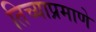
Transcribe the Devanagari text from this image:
तिच्याप्रमाणे